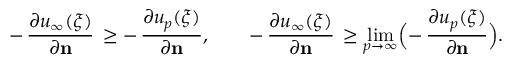
- \, \frac { \partial u _ { \infty } ( \xi ) } { \partial \mathbf { n } } \, \geq - \, \frac { \partial u _ { p } ( \xi ) } { \partial \mathbf { n } } , \qquad - \, \frac { \partial u _ { \infty } ( \xi ) } { \partial \mathbf { n } } \, \geq \operatorname* { l i m } _ { p \to \infty } \Bigl ( - \, \frac { \partial u _ { p } ( \xi ) } { \partial \mathbf { n } } \Bigr ) .